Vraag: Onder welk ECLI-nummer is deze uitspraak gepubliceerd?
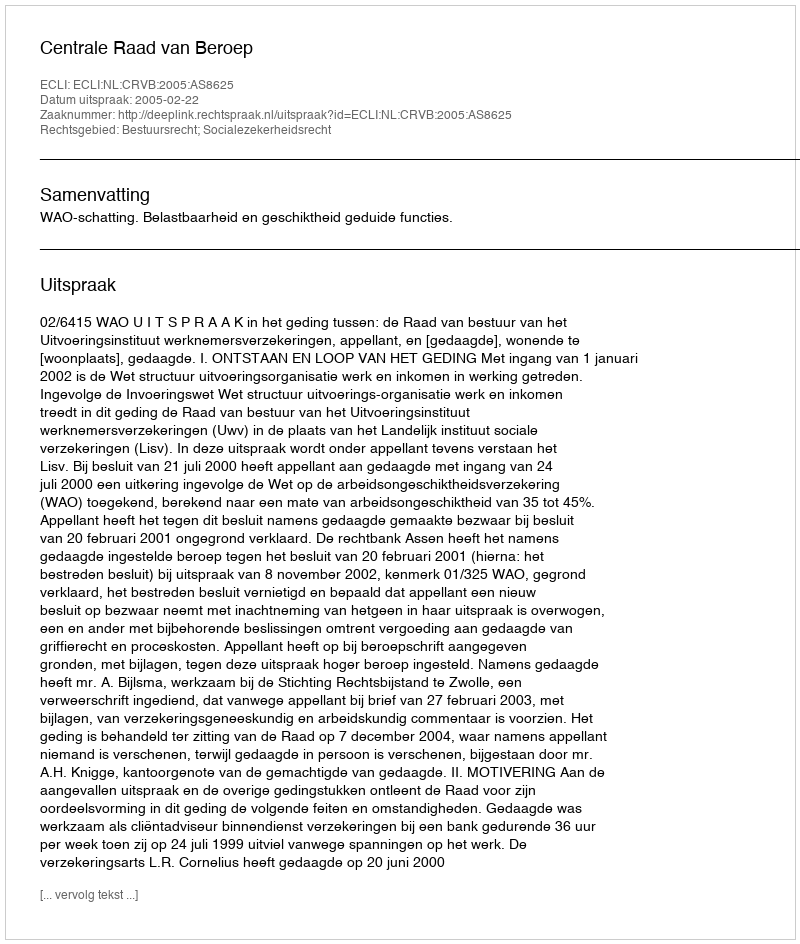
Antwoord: ECLI:NL:CRVB:2005:AS8625